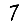
Digit: 7